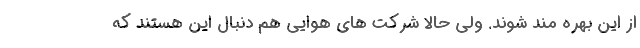
از این بهره مند شوند. ولی حالا شرکت های هوایی هم دنبال این هستند که